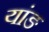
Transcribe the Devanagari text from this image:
यांङ